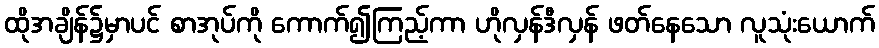
ထိုအချိန်၌မှာပင် စာအုပ်ကို ကောက်၍ကြည့်ကာ ဟိုလှန်ဒီလှန် ဖတ်နေသော လူသုံးယောက်